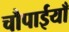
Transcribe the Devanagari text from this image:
चौपाईयाँ